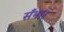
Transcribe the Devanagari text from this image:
सँभार